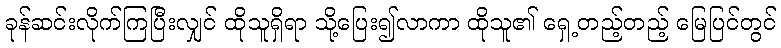
ခုန်ဆင်းလိုက်ကြပြီးလျှင် ထိုသူရှိရာ သို့ပြေး၍လာကာ ထိုသူ၏ ရှေ့တည့်တည့် မြေပြင်တွင်